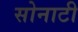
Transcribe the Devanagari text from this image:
सोनाटी